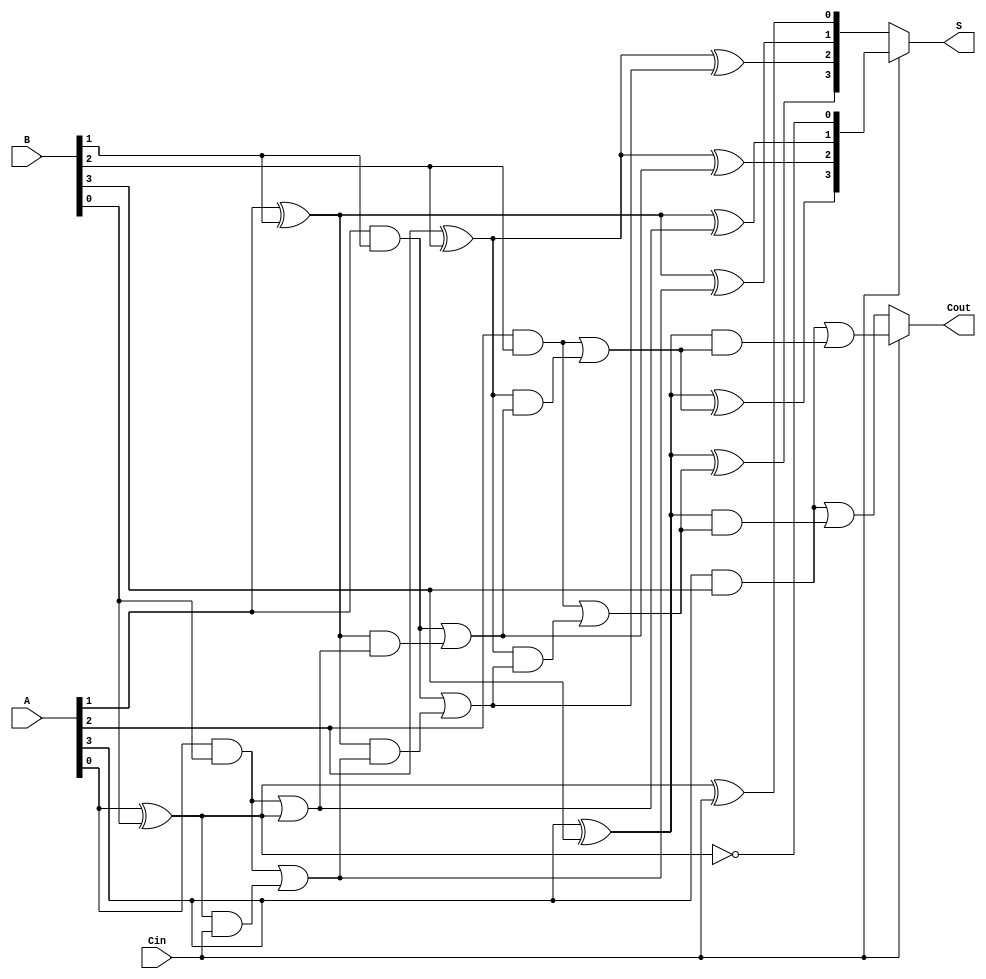
module conditional_sum_adder #(parameter N = 4) (
    input  wire [N-1:0] A,      // First n-bit input
    input  wire [N-1:0] B,      // Second n-bit input
    input  wire Cin,             // Carry-in
    output wire [N-1:0] S,       // n-bit sum output
    output wire Cout             // Carry-out
);

    wire [N-1:0] S0;            // Sum when Cin = 0
    wire [N-1:0] S1;            // Sum when Cin = 1
    wire [N-1:0] C0;            // Carry when Cin = 0
    wire [N-1:0] C1;            // Carry when Cin = 1

    genvar i;
    generate
        for (i = 0; i < N; i = i + 1) begin : CSA_BIT
            // Compute S0 and S1
            assign S0[i] = A[i] ^ B[i] ^ (i == 0 ? Cin : C0[i-1]);
            assign S1[i] = A[i] ^ B[i] ^ (i == 0 ? 1'b1 : C1[i-1]);

            // Compute C0 and C1
            assign C0[i] = (A[i] & B[i]) | ((A[i] ^ B[i]) & (i == 0 ? Cin : C0[i-1]));
            assign C1[i] = (A[i] & B[i]) | ((A[i] ^ B[i]) & (i == 0 ? 1'b1 : C1[i-1]));
        end
    endgenerate

    // Multiplexer to select the sum based on Cin
    assign S = Cin ? S1 : S0;

    // Final carry-out
    assign Cout = Cin ? C1[N-1] : C0[N-1];

endmodule